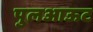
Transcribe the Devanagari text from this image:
पुलआऊट